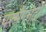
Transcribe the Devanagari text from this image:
परमैंगनेटों